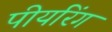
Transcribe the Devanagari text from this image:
पीयरिंग